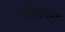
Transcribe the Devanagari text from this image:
गोवाचा